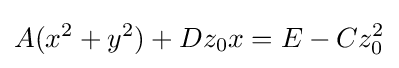
A(x^{2}+y^{2})+Dz_{0}x=E-Cz_{0}^{2}